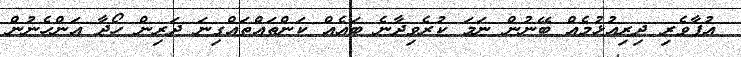
އުފާވެރި ދިރިއުޅުމެއް ބޭނުން ނަމަ ކުރެވިދާނެ ބައެއް ކަންތައްތައްގިނަ ދަރިން ހޯދާ އަންހެނުން